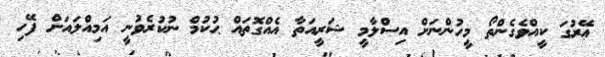
ޢޭރުގަ ކީއްވެގެންތޯ މީހުންނަށް އިސްލާމީ ޝަރީއަތާ އެއްގޮތައް ޙުކުމް ނުކުރެވުނީ އަމިއްލައަށް ފޭހި